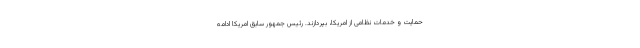
حمایت و خدمات نظامی از امریکا، بپردازند. رئیس جمهور سابق امریکا ادامه